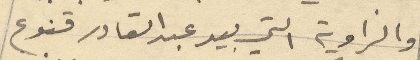
والزاوية التي بيد عبد القادر قنوع